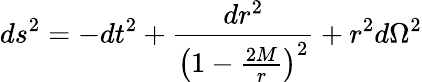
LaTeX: ds^{2}=-dt^{2}+\frac{dr^{2}}{\left(1-\frac{2M}{r}\right)^{2}}+r^{2}d\Omega^{2}